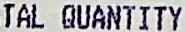
TAL QUANTITY